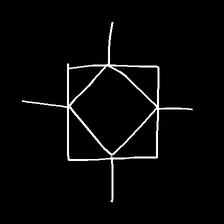
Glyph: light